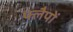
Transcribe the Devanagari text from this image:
फ्लैपों